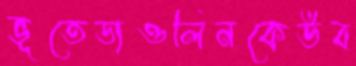
ভূতেডাওলিনকেউব